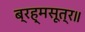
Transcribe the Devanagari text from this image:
ब्रह्मसूत्र॥